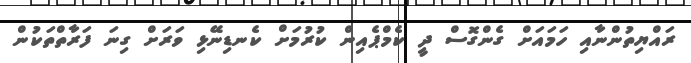
ރައްޔިތުންނާއި ހަމައަށް ގެންގޮސް ދީ ކެމްޕެއިން ކުރުމަށް ކެނޑިނޭޅި ވަރަށް ގިނަ ފަރާތްތަކުން